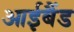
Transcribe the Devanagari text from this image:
आईबैंड